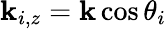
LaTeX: \mathbf{k}_{i,z}=\mathbf{k}\cos\theta_{i}